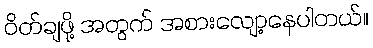
ဝိတ်ချဖို့ အတွက် အစားလျော့နေပါတယ်။